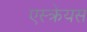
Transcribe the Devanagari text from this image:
एस्क्रेयस